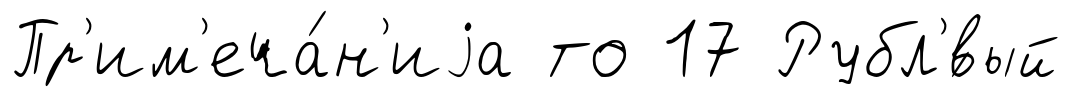
Пр'им'еча́н'иjа то 17 Рубл'́вый